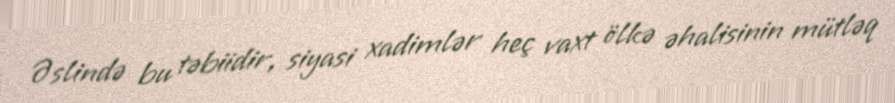
Əslində bu təbiidir, siyasi xadimlər heç vaxt ölkə əhalisinin mütləq